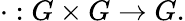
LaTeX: \cdot:G\times G\rightarrow G.